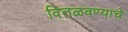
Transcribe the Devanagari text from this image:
वितळवण्याचे